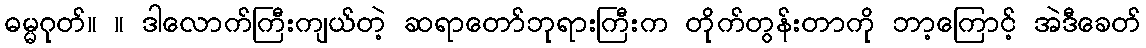
ဓမ္မဂုတ်။ ။ ဒါလောက်ကြီးကျယ်တဲ့ ဆရာတော်ဘုရားကြီးက တိုက်တွန်းတာကို ဘာ့ကြောင့် အဲဒီခေတ်